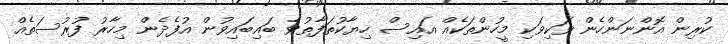
ކުރިން އޮންނަންހެން ވަކިވަކި މީހުންތަކެއް އައިސް ހިޔާކުތަފާތުވެ ބައިބައިވުން އުފެދެން މިހާރު ފުރުސަތެއް